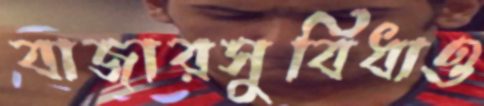
বাজারসুবিধাও